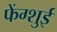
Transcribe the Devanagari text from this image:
फेंग्शुई